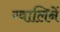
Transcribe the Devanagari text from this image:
ग्वालिनें